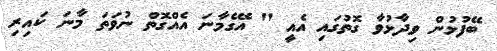
ބޭފުޅުން ވިދާޅުވާ ގޮތުގައި އެއީ " އޭގެމާނަ އެއްގޮތް ނުވަތަ މާނަ ކައިރި